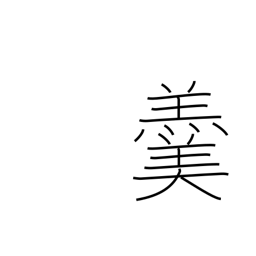
Meaning: hot soup